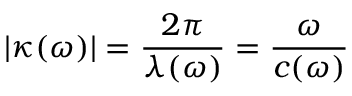
| \kappa ( \omega ) | = \frac { 2 \pi } { \lambda ( \omega ) } = \frac { \omega } { c ( \omega ) }